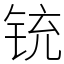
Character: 铳